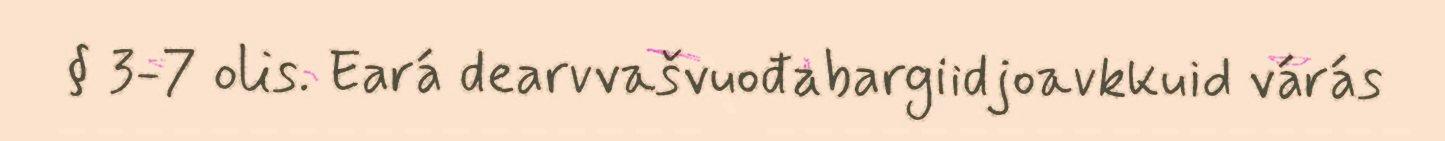
§ 3-7 olis. Eará dearvvašvuođabargiidjoavkkuid várás